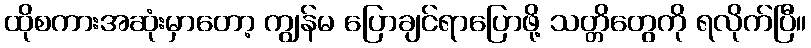
ထိုစကားအဆုံးမှာတော့ ကျွန်မ ပြောချင်ရာပြောဖို့ သတ္တိတွေကို ရလိုက်ပြီ။